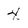
Character: 4